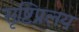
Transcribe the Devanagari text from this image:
सृष्टिप्रलय